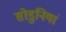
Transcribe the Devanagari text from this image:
सोडुनियां